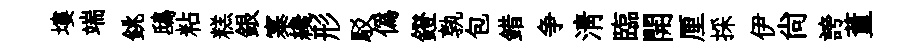
塿端銚鴟粘糕銀寨纔形駁偽鐙孰包錯争淸臨開厘採伊尙誇董